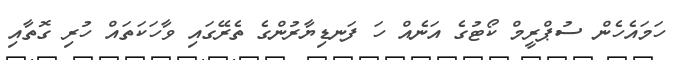
ހަމައެހެން ސުޕްރީމް ކޯޓުގެ އަނެއް ހަ ފަނޑިޔާރުންގެ ތެރޭގައި ވާހަކަތައް ހުރި ގޮތާއި